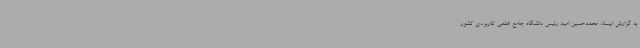
به گزارش ایسنا، محمدحسین امید رئیس دانشگاه جامع علمی کاربردی کشور